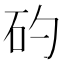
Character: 𥐝